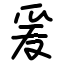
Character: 爰